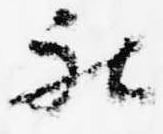
被